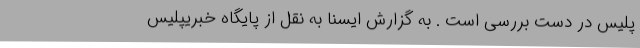
پلیس در دست بررسی است . به گزارش ایسنا به نقل از پایگاه خبریپلیس